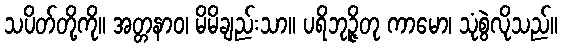
သပိတ်တို့ကို။ အတ္တနာဝ၊ မိမိချည်းသာ။ ပရိဘုဉ္ဇိတု ကာမော၊ သုံစွဲလိုသည်။